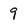
Character: 9